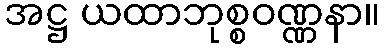
အဋ္ဌ ယထာဘုစ္စဝဏ္ဏနာ။